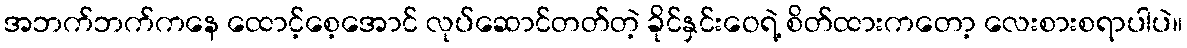
အဘက်ဘက်ကနေ ထောင့်စေ့အောင် လုပ်ဆောင်တတ်တဲ့ ခိုင်နှင်းဝေရဲ့ စိတ်ထားကတော့ လေးစားစရာပါပဲ။